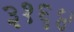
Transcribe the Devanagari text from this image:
३१६४